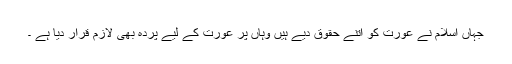
جہاں اسلام نے عورت کو اتنے حقوق دیے ہیں وہاں پر عورت کے لیے پردہ بھی لازم قرار دیا ہے ۔